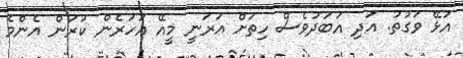
އުޅޭ ވަގުތު. އަދި އަބަދުވެސް ހިތަށް އަރަނީ މީއޭ އަހަރެން ކުރަން އެންމެ